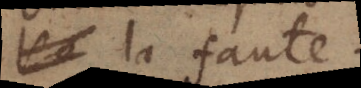
la faute.